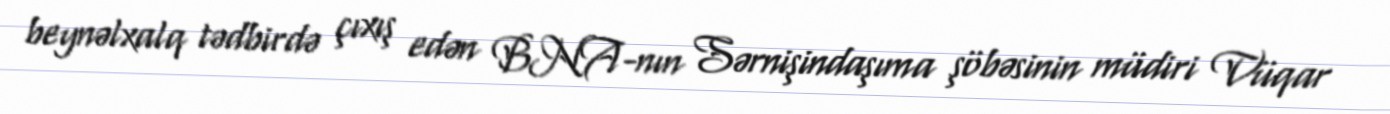
beynəlxalq tədbirdə çıxış edən BNA-nın Sərnişindaşıma şöbəsinin müdiri Vüqar